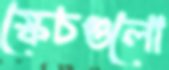
স্কেচগুলো